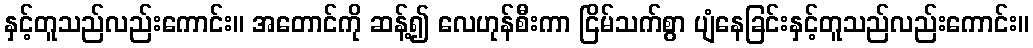
နှင့်တူသည်လည်းကောင်း။ အတောင်ကို ဆန့်၍ လေဟုန်စီးကာ ငြိမ်သက်စွာ ပျံနေခြင်းနှင့်တူသည်လည်းကောင်း။